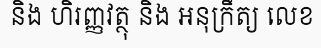
និង ហិរញ្ញវត្ថុ និង អនុក្រឹត្យ លេខ